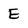
Character: E